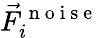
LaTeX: \vec{F}_{i}^{\mathrm{~n~o~i~s~e~}}